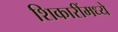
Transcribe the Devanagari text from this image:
शिकारींमध्ये